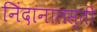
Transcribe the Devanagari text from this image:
निंदानालस्ती